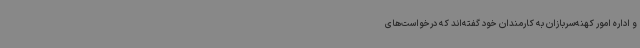
و اداره امور کهنه‌سربازان به کارمندان خود گفته‌اند که درخواست‌های